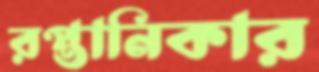
রপ্তানিকার